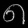
Digit: ၈